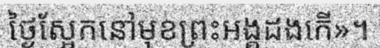
ថ្ងៃស្អែកនៅមុខព្រះអង្គដងកើ»។